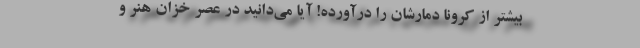
بیشتر از کرونا دمارشان را درآورده! آیا می‌دانید در عصر خزان هنر و